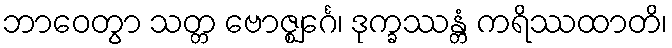
ဘာဝေတွာ သတ္တ ဗောဇ္ဈင်္ဂေ၊ ဒုက္ခဿန္တံ ကရိဿထာတိ၊